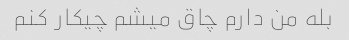
بله من دارم چاق میشم چیکار کنم